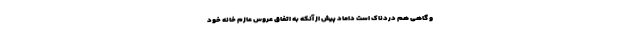
و گاهی هم دردناک است داماد پیش از آنکه به اتفاق عروس عازم خانه خود